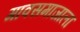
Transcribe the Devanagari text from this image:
गावसमाजाला